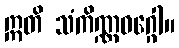
ဣတိ သံကိဏ္ဏဝဂ္ဂေါ။